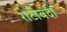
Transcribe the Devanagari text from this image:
रोटीबंदी